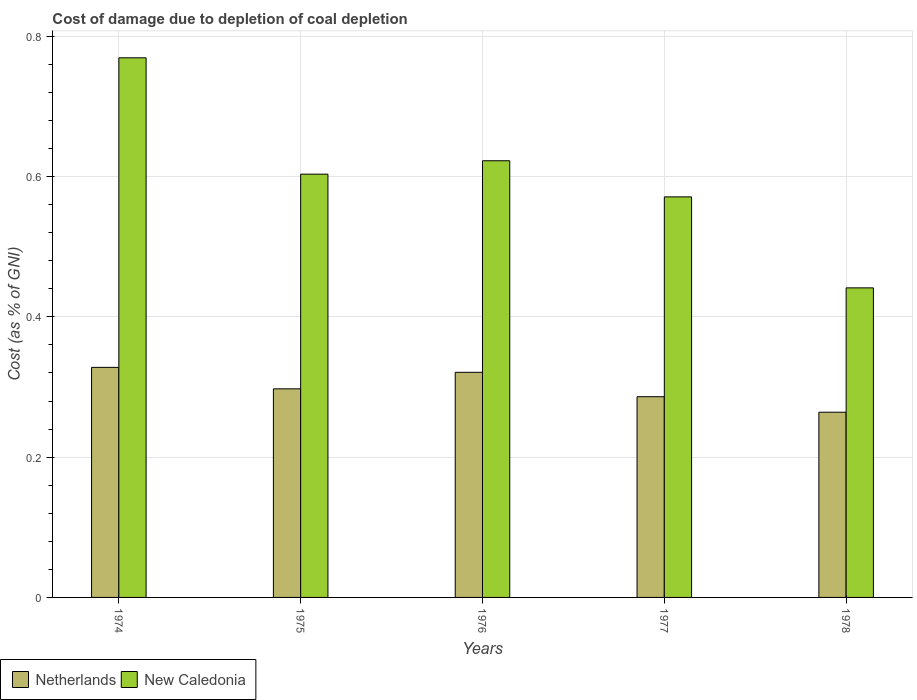
| Years | Netherlands | New Caledonia |
 | --- | --- | --- |
 | 1974 | 0.328 | 0.769 |
 | 1975 | 0.297 | 0.603 |
 | 1976 | 0.321 | 0.623 |
 | 1977 | 0.286 | 0.571 |
 | 1978 | 0.264 | 0.441 |